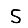
Digit: 5